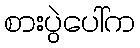
စားပွဲပေါ်က